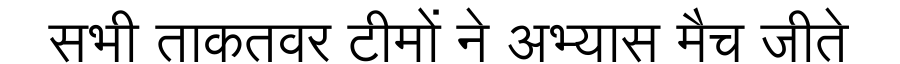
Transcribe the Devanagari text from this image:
सभी ताकतवर टीमों ने अभ्यास मैच जीते